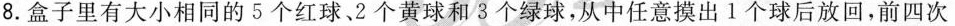
8.盒子里有大小相同的5个红球。2个黄球和3个绿球，从中任意摸出1个球后放回，前四次